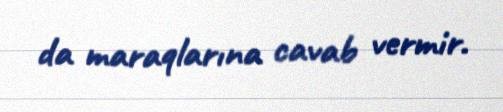
da maraqlarına cavab vermir.